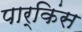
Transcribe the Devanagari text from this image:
पार्किंस